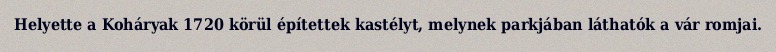
Helyette a Koháryak 1720 körül építettek kastélyt, melynek parkjában láthatók a vár romjai.